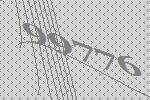
99776